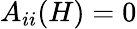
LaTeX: A_{ii}(H)=0